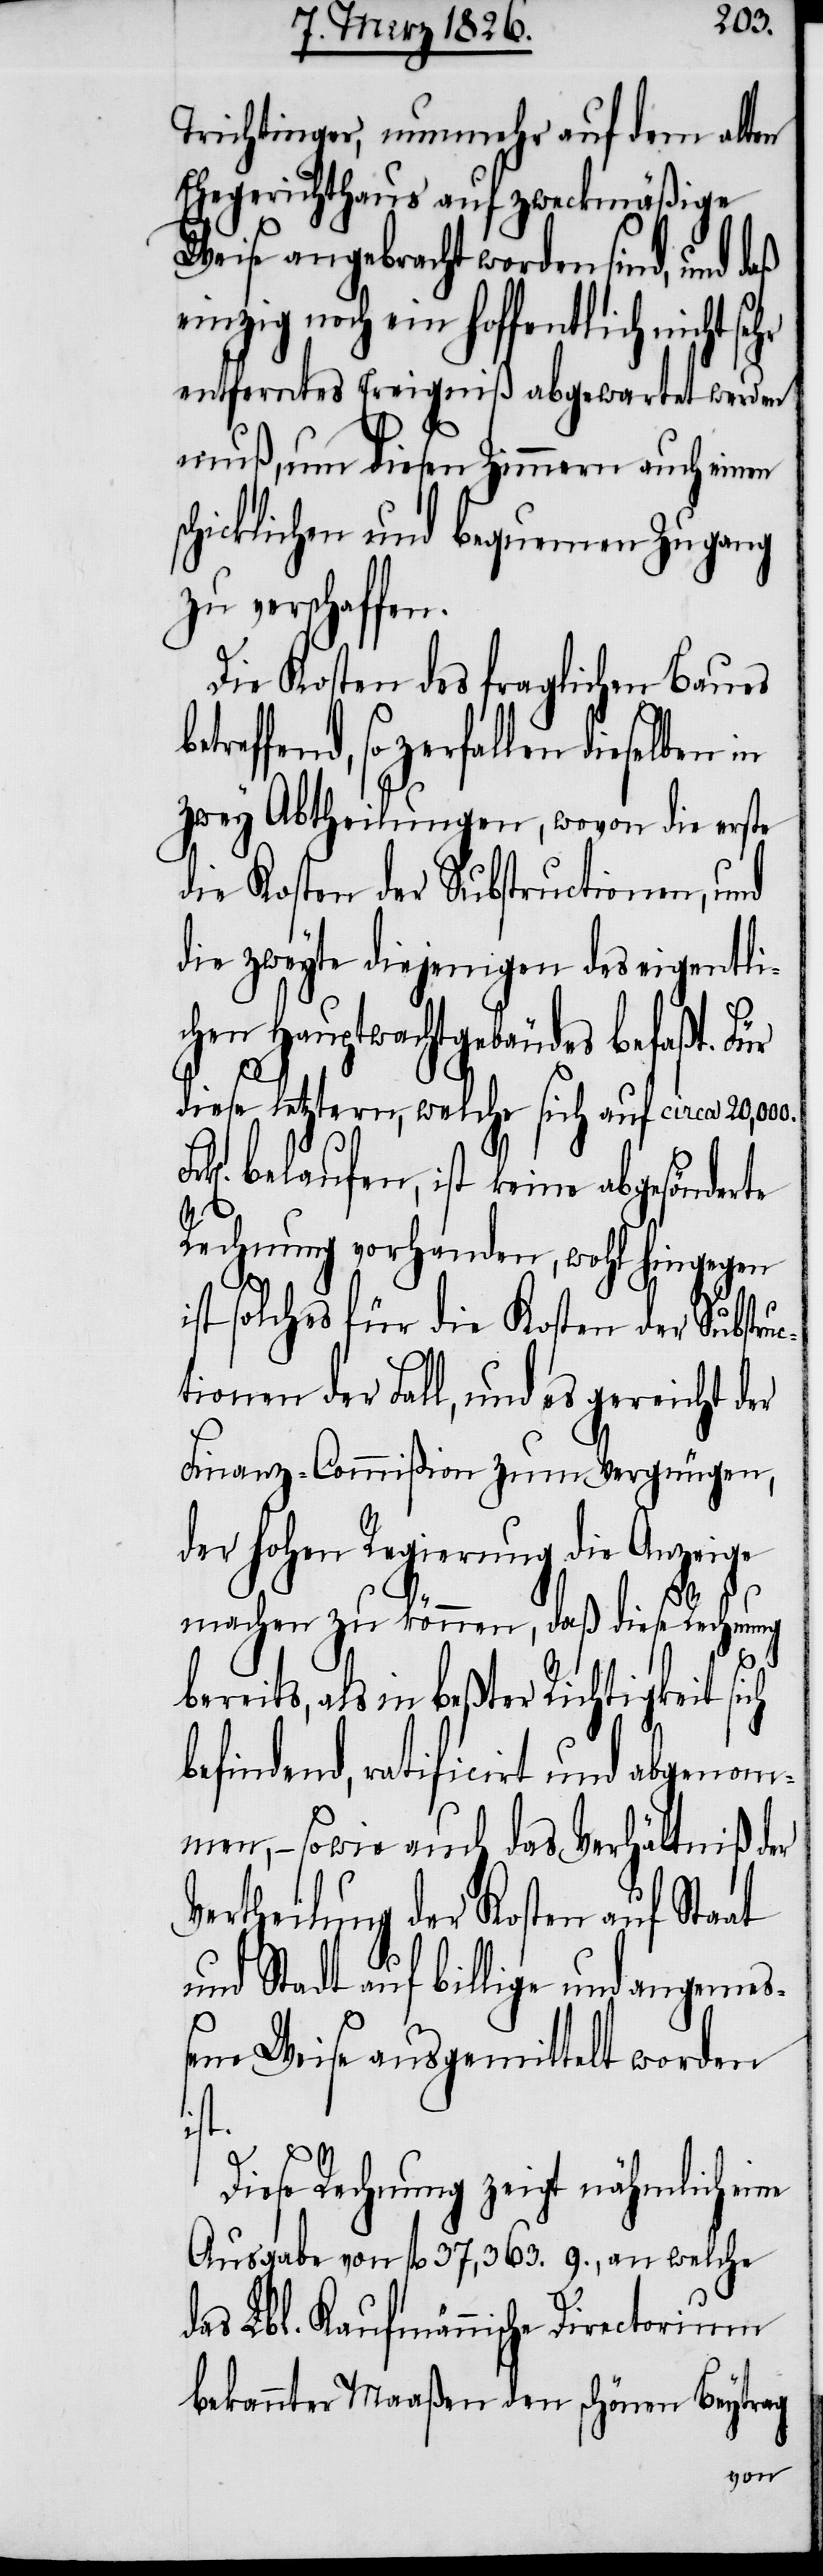
Trichtinger, nunmehr auf dem alten
Ehegerichthaus auf zweckmäßige
Weise angebracht worden sind, und
einzig noch ein hoffentlich nicht se¬
entferntes Ereigniß abgewartet werden
muß, um diesen Zimmern auch einen
schicklichen und bequemen Zugang
zu verschaffen.
Die Kosten des fraglichen Baues
reffend, so zerfallen dieselben
zwey Abtheilungen, wovon die erste
die Kosten der Substructionen, und
die zweyte diejenigen des eigentli¬
chen Hauptwachtgebäudes befaßt. Für
diese letztern, welche sich auf circa 20,000.
belaufen, ist keine abgesönderte
Rechnung vorhanden, wohl hingegen
ist solches für die Kosten der Substru¬
ctionen der Fall, und es gereicht der
Finanz-Commißion zum Vergnügen,
er hohen Regierung die Anze¬
machen zu können, daß diese Rechnung
ige
bereits, als in beßter Richtigkeit sich
befindend, ratificirt und abgenom¬
men, – sowie auch das Verhältniß der
Vertheilung der Kosten auf Staat
und Stadt auf billige und angemeß¬
ene Weise ausgemittelt worden
ist.
Diese Rechnung zeigt nähmlich eine
Ausgabe von fl. 37,363. 9., an welche
das Lbl. Kaufmännische Directorium
bekannter Maaßen den schönen Beytrag